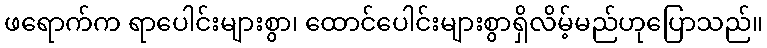
ဖရောက်က ရာပေါင်းများစွာ၊ ထောင်ပေါင်းများစွာရှိလိမ့်မည်ဟုပြောသည်။